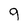
Character: g